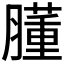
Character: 𦡦